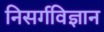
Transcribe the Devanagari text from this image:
निसर्गविज्ञान